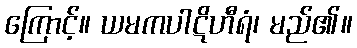
ကြောင့်။ ယမကပါဋိဟီရံ၊ မည်၏။